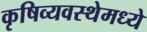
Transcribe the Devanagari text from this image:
कृषिव्यवस्थेमध्ये